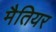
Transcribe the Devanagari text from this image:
मैतियर